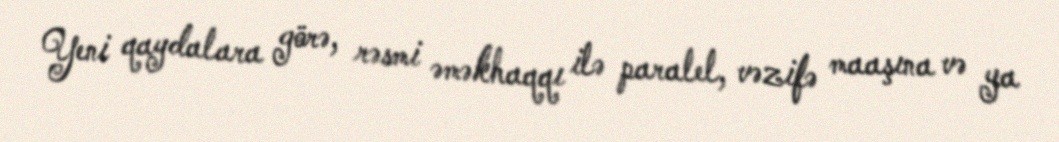
Yeni qaydalara görə, rəsmi əməkhaqqı ilə paralel, vəzifə maaşına və ya